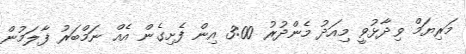
މަރިޔަމް ވިދާޅުވީ މިއަދު މެންދުރު 3:00 އިން ފެށިގެން އެއް ނަމްބަރު ފާލަމުން